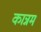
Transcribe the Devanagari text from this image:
कान्नम